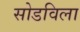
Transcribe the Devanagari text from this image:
सोडविला